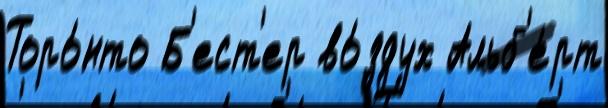
Торо́нто Б'ест'ер во́здух Альб'е́рт